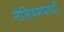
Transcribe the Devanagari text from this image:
नेलियमपाथी